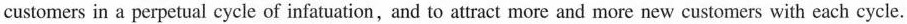
customers in a perpetual cycle of infatuation, and to attract more and more new customers with each cycle.